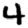
Digit: 4